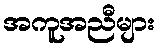
အကူအညီများ